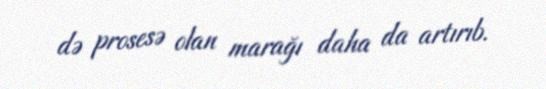
də prosesə olan marağı daha da artırıb.